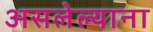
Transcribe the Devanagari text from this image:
असलेल्याना